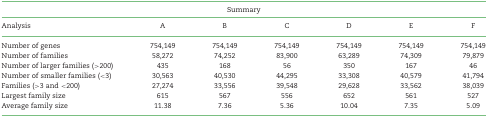
<table><thead><tr><td colspan="7"><b>Summary</b></td></tr><tr><td><b>Analysis</b></td><td><b>A</b></td><td><b>B</b></td><td><b>C</b></td><td><b>D</b></td><td><b>E</b></td><td><b>F</b></td></tr></thead><tbody><tr><td>Number of genes</td><td>754,149</td><td>754,149</td><td>754,149</td><td>754,149</td><td>754,149</td><td>754,149</td></tr><tr><td>Number of families</td><td>58,272</td><td>74,252</td><td>83,900</td><td>63,289</td><td>74,309</td><td>79,879</td></tr><tr><td>Number of larger families (&gt;200)</td><td>435</td><td>168</td><td>56</td><td>350</td><td>167</td><td>46</td></tr><tr><td>Number of smaller families (&lt;3)</td><td>30,563</td><td>40,530</td><td>44,295</td><td>33,308</td><td>40,579</td><td>41,794</td></tr><tr><td>Families (&gt;3 and &lt;200)</td><td>27,274</td><td>33,556</td><td>39,548</td><td>29,628</td><td>33,562</td><td>38,039</td></tr><tr><td>Largest family size</td><td>615</td><td>567</td><td>556</td><td>652</td><td>561</td><td>527</td></tr><tr><td>Average family size</td><td>11.38</td><td>7.36</td><td>5.36</td><td>10.04</td><td>7.35</td><td>5.09</td></tr></tbody></table>